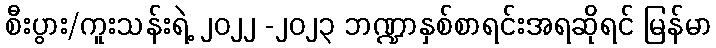
စီးပွား/ကူးသန်းရဲ့ ၂၀၂၂ -၂၀၂၃ ဘဏ္ဍာနှစ်စာရင်းအရဆိုရင် မြန်မာ